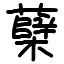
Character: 蘖